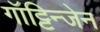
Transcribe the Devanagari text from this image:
गॉट्टिन्जेन